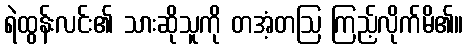
ရဲထွန်းလင်း၏ သားဆိုသူကို တအံ့တဩ ကြည့်လိုက်မိ၏။